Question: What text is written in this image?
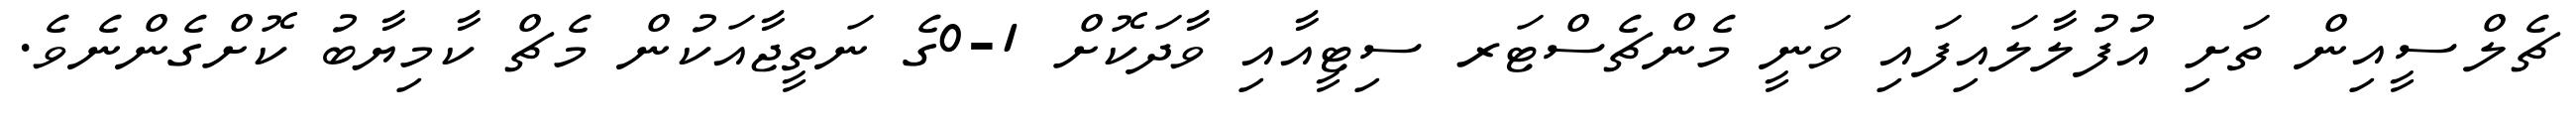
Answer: ޗެލްސީއިން ތަށި އުފުލާލައިފައި ވަނީ މެންޗެސްޓަރ ސިޓީއާއި ވާދަކޮށް 1-0ގެ ނަތީޖާއަކުން މެޗް ކާމިޔާބު ކޮށްގެންނެވެ.